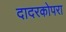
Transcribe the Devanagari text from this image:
दादरकोपरा